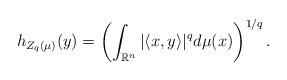
LaTeX: \begin{align*}h_{Z_q(\mu )}(y)= \left(\int_{{\mathbb R}^n} |\langle x,y\rangle|^{q}d\mu (x) \right)^{1/q}.\end{align*}